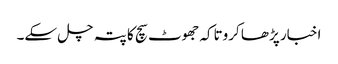
اخبار پڑھا کروتاکہ جھوٹ سچ کا پتہ چل سکے۔